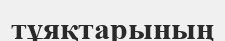
тұяқтарының